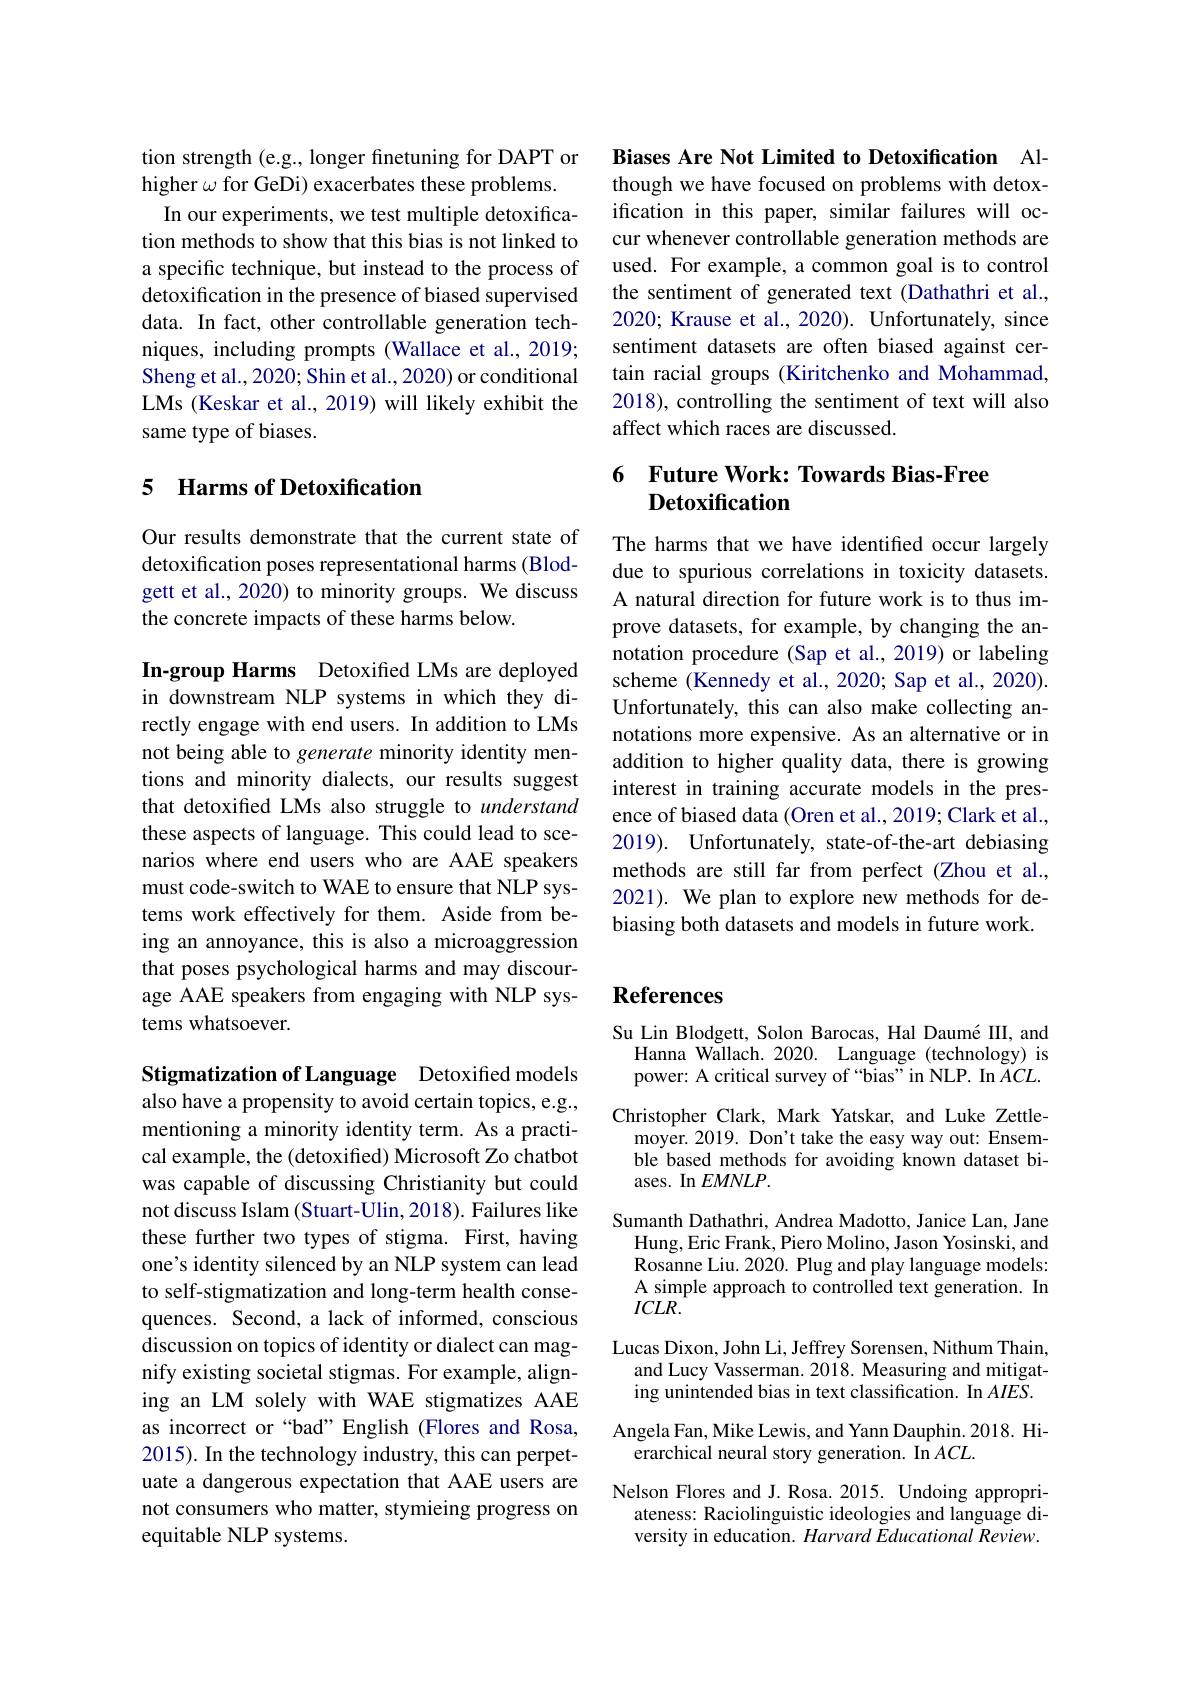
tion strength (e.g., longer finetuning for DAPT or
higher $\omega$ for GeDi) exacerbates these problems.
In our experiments, we test multiple detoxification methods to show that this bias is not linked to a specific technique, but instead to the process of detoxification in the presence of biased supervised data. In fact, other controllable generation techniques, including prompts (Wallace et al., 2019; Sheng et al., 2020; Shin et al., 2020) or conditional LMs (Keskar et al., 2019) will likely exhibit the same type of biases.

### 5 Harms of Detoxification

Our results demonstrate that the current state of detoxification poses representational harms (Blodgett et al., 2020) to minority groups. We discuss the concrete impacts of these harms below.

In-group Harms Detoxified LMs are deployed in downstream NLP systems in which they directly engage with end users. In addition to LMs not being able to generate minority identity mentions and minority dialects, our results suggest that detoxified LMs also struggle to understand these aspects of language. This could lead to scenarios where end users who are AAE speakers must code-switch to WAE to ensure that NLP systems work effectively for them. Aside from being an annoyance, this is also a microaggression that poses psychological harms and may discourage AAE speakers from engaging with NLP systems whatsoever.

Stigmatization of Language Detoxified models also have a propensity to avoid certain topics, e.g., mentioning a minority identity term. As a practical example, the (detoxified) Microsoft Zo chatbot was capable of discussing Christianity but could not discuss Islam (Stuart-Ulin,2018). Failures like these further two types of stigma. First, having one's identity silenced by an NLP system can lead to self-stigmatization and long-term health consequences. Second, a lack of informed, conscious discussion on topics of identity or dialect can magnify existing societal stigmas. For example, aligning an LM solely with WAE stigmatizes AAE as incorrect or “bad” English (Flores and Rosa, 2015). In the technology industry, this can perpetuate a dangerous expectation that AAE users are not consumers who matter, stymieing progress on equitable NLP systems.

Biases Are Not Limited to Detoxification Although we have focused on problems with detoxification in this paper, similar failures will occur whenever controllable generation methods are used. For example, a common goal is to control the sentiment of generated text (Dathathri et al., 2020; Krause et al., 2020). Unfortunately, since sentiment datasets are often biased against certain racial groups (Kiritchenko and Mohammad, 2018), controlling the sentiment of text will also affect which races are discussed.

## 6 Future Work: Towards Bias-Free Detoxification

The harms that we have identified occur largely due to spurious correlations in toxicity datasets. A natural direction for future work is to thus improve datasets, for example, by changing the annotation procedure (Sap et al., 2019) or labeling scheme (Kennedy et al., 2020; Sap et al., 2020). Unfortunately, this can also make collecting annotations more expensive. As an alternative or in addition to higher quality data, there is growing interest in training accurate models in the presence of biased data (Oren et al., 2019; Clark et al., 2019). Unfortunately, state-of-the-art debiasing methods are still far from perfect (Zhou et al., 2021). We plan to explore new methods for debiasing both datasets and models in future work.

## References

Su Lin Blodgett, Solon Barocas, Hal Daumé III, and Hanna Wallach. 2020. Language (technology) is power: A critical survey of “bias" in NLP. In $ACL.$ Christopher Clark, Mark Yatskar, and Luke Zettle-
moyer. 2019. Don't take the easy way out: Ensemble based methods for avoiding known dataset biases. In $EMNLP.$
Sumanth Dathathri, Andrea Madotto, Janice Lan, Jane Hung, Eric Frank, Piero Molino, Jason Yosinski, and Rosanne Liu. 2020. Plug and play language models: A simple approach to controlled text generation. In $ICLR.$
Lucas Dixon, John Li, Jeffrey Sorensen, Nithum Thain,
and Lucy Vasserman. 2018. Measuring and mitigating unintended bias in text classification. In $AIES.$
Angela Fan, Mike Lewis, and Yann Dauphin. 2018. Hi-
erarchical neural story generation. In $ACL.$
Nelson Flores and J. Rosa. 2015. Undoing appropri-
ateness: Raciolinguistic ideologies and language diversity in education. Harvard Educational Review.